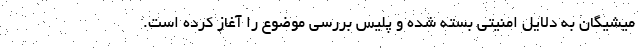
میشیگان به دلایل امنیتی بسته شده و پلیس بررسی موضوع را آغاز کرده است.